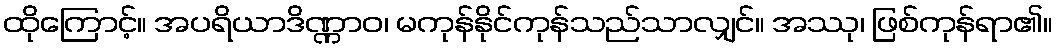
ထိုကြောင့်။ အပရိယာဒိဏ္ဏာဝ၊ မကုန်နိုင်ကုန်သည်သာလျှင်။ အဿု၊ ဖြစ်ကုန်ရာ၏။